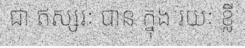
ជា ឥស្សរៈ បាន ក្នុង រយៈ ខ្លី